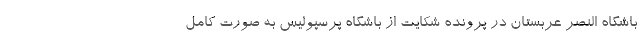
باشگاه النصر عربستان در پرونده شکایت از باشگاه پرسپولیس به صورت کامل